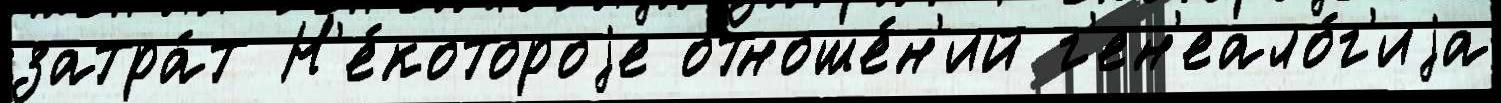
затра́т Н'е́котороjе отноше́н'ий г'ен'еало́г'иjа